Leprosy in India: report of the Leprosy Commission in India, 1890-91
Year: 1890
Disease focus: Leprosy
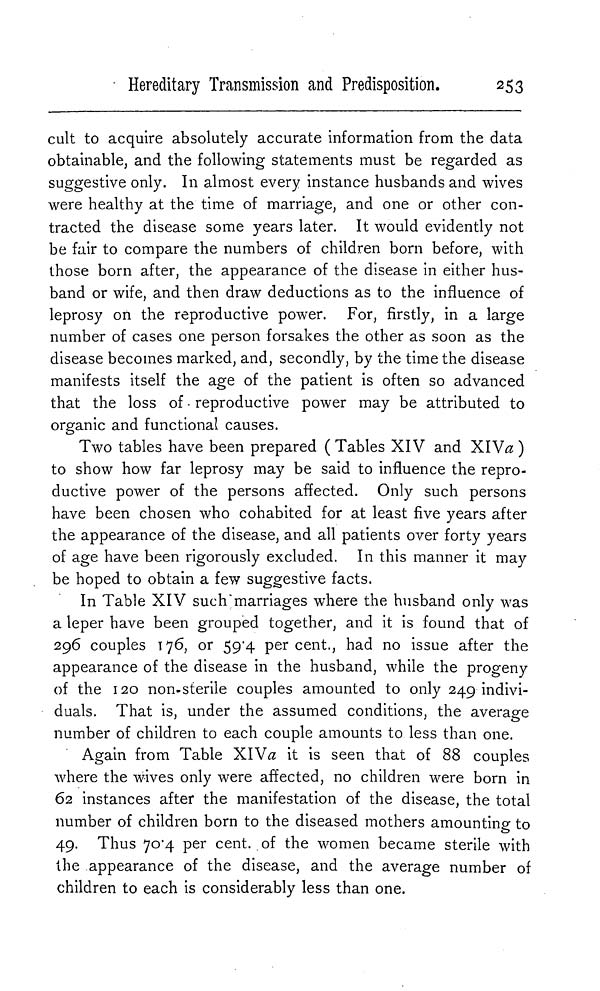
Hereditary Transmission and Predisposition.
253
cult to acquire absolutely accurate information from the data
obtainable, and the following statements must be regarded as
suggestive only. In almost every instance husbands and wives
were healthy at the time of marriage, and one or other con-
tracted the disease some years later. It would evidently not
be fair to compare the numbers of children born before, with
those born after, the appearance of the disease in either hus-
band or wife, and then draw deductions as to the influence of
leprosy on the reproductive power. For, firstly, in a large
number of cases one person forsakes the other as soon as the
disease becomes marked, and, secondly, by the time the disease
manifests itself the age of the patient is often so advanced
that the loss of reproductive power may be attributed to
organic and functional causes.
Two tables have been prepared ( Tables XIV and XIVa )
to show how far leprosy may be said to influence the repro-
ductive power of the persons affected. Only such persons
have been chosen who cohabited for at least five years after
the appearance of the disease, and all patients over forty years
of age have been rigorously excluded. In this manner it may
be hoped to obtain a few suggestive facts.
In Table XIV such marriages where the husband only was
a leper have been grouped together, and it is found that of
296 couples 176, or 59.4 per cent., had no issue after the
appearance of the disease in the husband, while the progeny
of the 120 non-sterile couples amounted to only 249 indivi-
duals. That is, under the assumed conditions, the average
number of children to each couple amounts to less than one.
Again from Table XIVa it is seen that of 88 couples
where the wives only were affected, no children were born in
62 instances after the manifestation of the disease, the total
number of children born to the diseased mothers amounting to
49. Thus 70.4 per cent. of the women became sterile with
the appearance of the disease, and the average number of
children to each is considerably less than one.